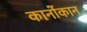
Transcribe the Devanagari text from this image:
कानोंकान